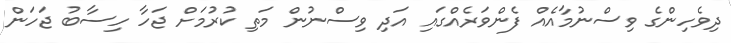
ދިވެހިންގެ ވިސްނުމާއެއް ފެންވަރެއްގައި އަދި ވިސްނުން މަތި ކުރުމަށް ޖަހާ ހިސާބު ޖަހަން